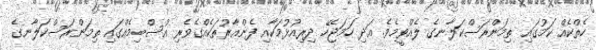
ހެތްކެއް ކަމުގައި ތިމަންރަސްކަލާނގެ ލެއްވީމެވެ. އަދި ހަމަޖެހޭ ދިރިއުޅުމަކާއި ފެންއާރުތަކެއްގެވެރި އުސްބިމެއްގައި ތިމަންރަސްކަލާނގެ